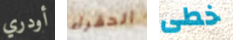
أودري الحقراء خطى